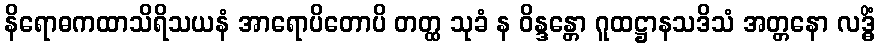
နိရောဓကထာသိရိသယနံ အာရောပိတောပိ တတ္ထ သုခံ န ဝိန္ဒန္တော ဂူထဋ္ဌာနသဒိသံ အတ္တနော လဒ္ဓိံ